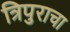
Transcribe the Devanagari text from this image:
त्रिपुराचा